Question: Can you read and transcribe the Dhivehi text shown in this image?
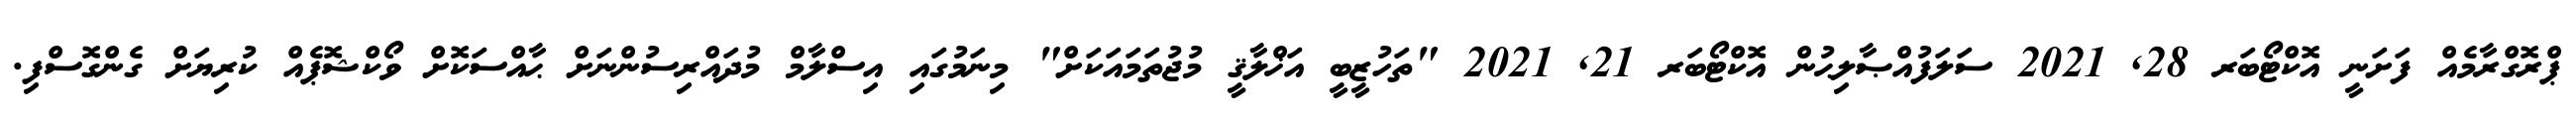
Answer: ޕްރޮގްރާމެއް ފަށަނީ އޮކްޓޯބަރ 28, 2021 ސަލަފުއްޞާލިޙުން އޮކްޓޯބަރ 21, 2021 "ތަހުޒީބީ އަޚްލާޤީ މުޖުތަމައަކަށް" މިނަމުގައި އިސްލާމް މުދައްރިސުންނަށް ޙާއްސަކޮށް ވޯކްޝޮޕެއް ކުރިޔަށް ގެންގޮސްފި.